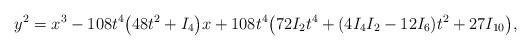
LaTeX: \begin{align*}y^{2} = x^{3} - 108t^{4}\bigl(48t^{2} + I_{4}\bigr)x + 108t^{4}\bigl(72I_{2}t^{4} + (4I_{4}I_{2} - 12I_{6})t^{2} + 27I_{10}\bigr),\end{align*}